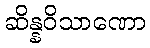
ဆိန္နဝိသာဏော